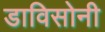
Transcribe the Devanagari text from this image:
डाविसोनी